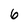
Character: 6